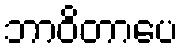
ဘာဝိတာပေ